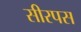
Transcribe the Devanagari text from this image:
सीरपस